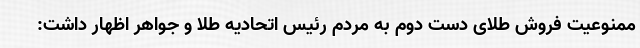
ممنوعیت فروش طلای دست دوم به مردم رئیس اتحادیه طلا و جواهر اظهار داشت: